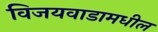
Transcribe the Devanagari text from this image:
विजयवाडामधील